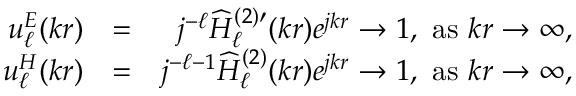
\begin{array} { r l r } { u _ { \ell } ^ { E } ( k r ) } & { = } & { j ^ { - \ell } \widehat { H } _ { \ell } ^ { ( 2 ) \prime } ( k r ) e ^ { j k r } \to 1 , \mathrm { ~ a s ~ } k r \to \infty , } \\ { u _ { \ell } ^ { H } ( k r ) } & { = } & { j ^ { - \ell - 1 } \widehat { H } _ { \ell } ^ { ( 2 ) } ( k r ) e ^ { j k r } \to 1 , \mathrm { ~ a s ~ } k r \to \infty , } \end{array}